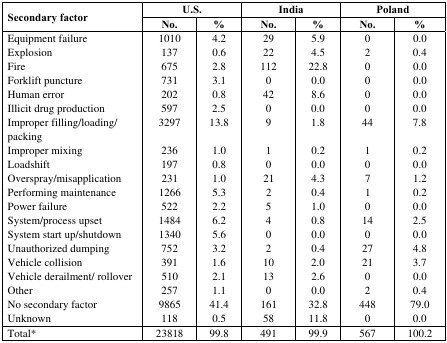
| <ROWSPAN=3> Secondary factor | <COLSPAN=2> U.S. | <COLSPAN=2> India | <COLSPAN=2> Poland |
 | No. | % | No. | % | No. | % |
 | --- | --- | --- | --- | --- | --- | --- |
 | Equipment failure | 1010 | 4.2 | 29 | 5.9 | 0 | 0.0 |
 | Explosion | 137 | 0.6 | 22 | 4.5 | 2 | 0.4 |
 | Fire | 675 | 2.8 | 112 | 22.8 | 0 | 0.0 |
 | Forklift puncture | 731 | 3.1 | 0 | 0.0 | 0 | 0.0 |
 | Human error | 202 | 0.8 | 42 | 8.6 | 0 | 0.0 |
 | Illicit drug production | 597 | 2.5 | 0 | 0.0 | 0 | 0.0 |
 | Improper filling/loading/packing | 3297 | 13.8 | 9 | 1.8 | 44 | 7.8 |
 | Improper mixing | 236 | 1.0 | 1 | 0.2 | 1 | 0.2 |
 | Loadshift | 197 | 0.8 | 0 | 0.0 | 0 | 0.0 |
 | Overspray/misapplication | 231 | 1.0 | 21 | 4.3 | 7 | 1.2 |
 | Performing maintenance | 1266 | 5.3 | 2 | 0.4 | 1 | 0.2 |
 | Power failure | 522 | 2.2 | 5 | 1.0 | 0 | 0.0 |
 | System/process upset | 1484 | 6.2 | 4 | 0.8 | 14 | 2.5 |
 | System start up/shutdown | 1340 | 5.6 | 0 | 0.0 | 0 | 0.0 |
 | Unauthorized dumping | 752 | 3.2 | 2 | 0.4 | 27 | 4.8 |
 | Vehicle collision | 391 | 1.6 | 10 | 2.0 | 21 | 3.7 |
 | Vehicle derailment/rollover | 510 | 2.1 | 13 | 2.6 | 0 | 0.0 |
 | Other | 257 | 1.1 | 0 | 0.0 | 2 | 0.4 |
 | No secondary factor | 9865 | 41.4 | 161 | 32.8 | 448 | 79.0 |
 | Unknown | 118 | 0.5 | 58 | 11.8 | 0 | 0.0 |
 | Total* | 23818 | 99.8 | 491 | 99.9 | 567 | 100.2 |